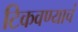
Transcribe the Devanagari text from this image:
टिकवण्याचं